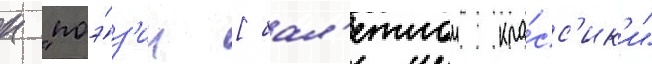
к "поэ́з'ии [бал'етнои кла́сс'ик'и"